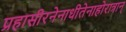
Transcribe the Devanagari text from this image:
प्रहासीरनेनाधीतेनाहोरात्रान्